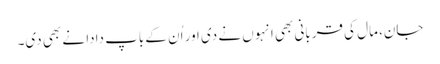
جان، مال کی قربانی بھی انہوں نے دی اور اُن کے باپ دادا نے بھی دی۔